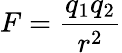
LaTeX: F={\frac{q_{1}q_{2}}{r^{2}}}